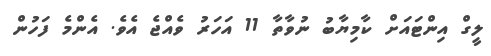
ލީގް އިންޓައަށް ކާމިޔާބު ނުވާތާ 11 އަހަރު ވެއްޖެ އެވެ. އެންމެ ފަހުން